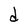
Character: d